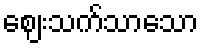
ဈေးသက်သာသော